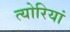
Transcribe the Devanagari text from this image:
त्योरियां